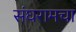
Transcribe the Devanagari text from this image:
संघरामचा